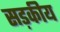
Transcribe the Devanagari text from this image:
सड़कीय